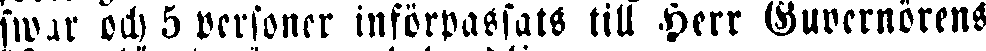
swar och 5 personer införpassats till Herr Guvernörens